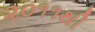
૨૦૧૧થી